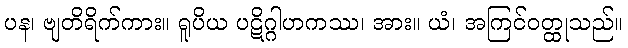
ပန၊ ဗျတိရိက်ကား။ ရူပိယ ပဋိဂ္ဂါဟကဿ၊ အား။ ယံ၊ အကြင်ဝတ္ထုသည်။